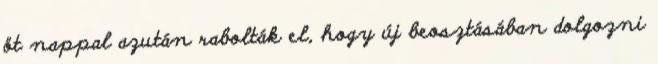
öt nappal azután rabolták el, hogy új beosztásában dolgozni